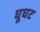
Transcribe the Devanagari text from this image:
घूघट